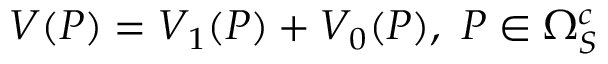
\begin{array} { r } { V ( P ) = V _ { 1 } ( P ) + V _ { 0 } ( P ) , \, \, P \in \Omega _ { S } ^ { c } } \end{array}